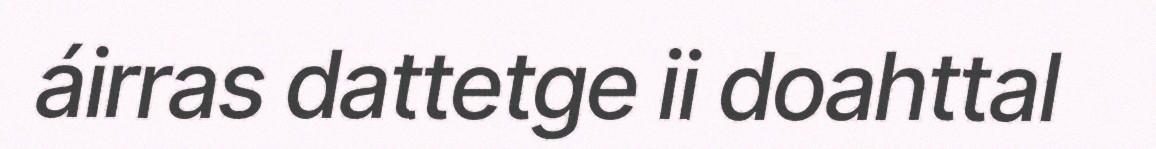
áirras dattetge ii doahttal